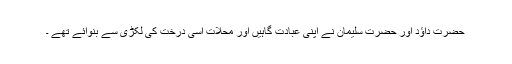
حضرت داؤد اور حضرت سلیمان نے اپنی عبادت گاہیں اور محلات اسی درخت کی لکڑی سے بنوائے تھے ۔